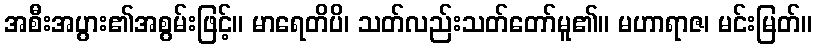
အစီးအပွား၏အစွမ်းဖြင့်။ မာရေတိပိ၊ သတ်လည်းသတ်တော်မူ၏။ မဟာရာဇ၊ မင်းမြတ်။